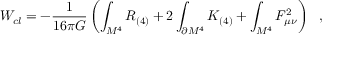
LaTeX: W _ { c l } = - { \frac { 1 } { 1 6 \pi G } } \left( \int _ { M ^ { 4 } } R _ { ( 4 ) } + 2 \int _ { \partial M ^ { 4 } } K _ { ( 4 ) } + \int _ { M ^ { 4 } } F _ { \mu \nu } ^ { 2 } \right) ~ ~ ,